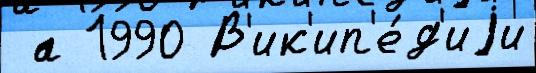
 а 1990 В'ик'ип'е́д'иjи